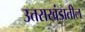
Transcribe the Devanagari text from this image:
उत्तराखंडातील